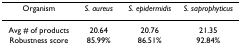
<table><thead><tr><td><b>Organism</b></td><td><b><i>S. aureus</i></b></td><td><b><i>S. epidermidis</i></b></td><td><b><i>S. saprophyticus</i></b></td></tr></thead><tbody><tr><td>Avg # of products</td><td>20.64</td><td>20.76</td><td>21.35</td></tr><tr><td>Robustness score</td><td>85.99%</td><td>86.51%</td><td>92.84%</td></tr></tbody></table>